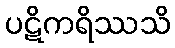
ပဋိကရိဿသိ